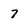
Character: 7